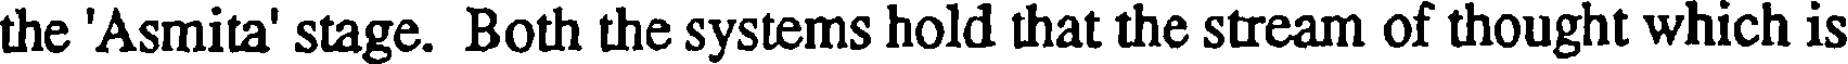
the 'Asmita' stage. Both the systems hold that the stream of thought which is